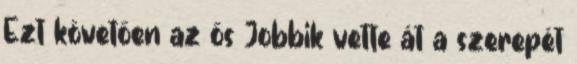
Ezt követően az ős Jobbik vette át a szerepét